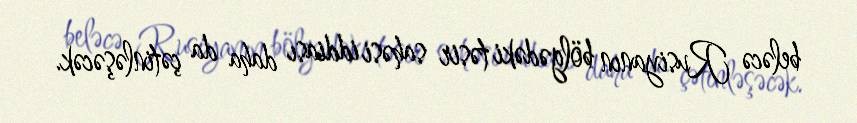
beləcə Rusiyanın bölgədəki təsir sahəsi iddiası daha da çətinləşəcək.